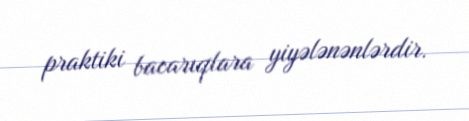
praktiki bacarıqlara yiyələnənlərdir.